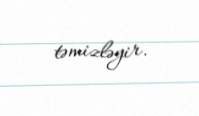
təmizləyir.